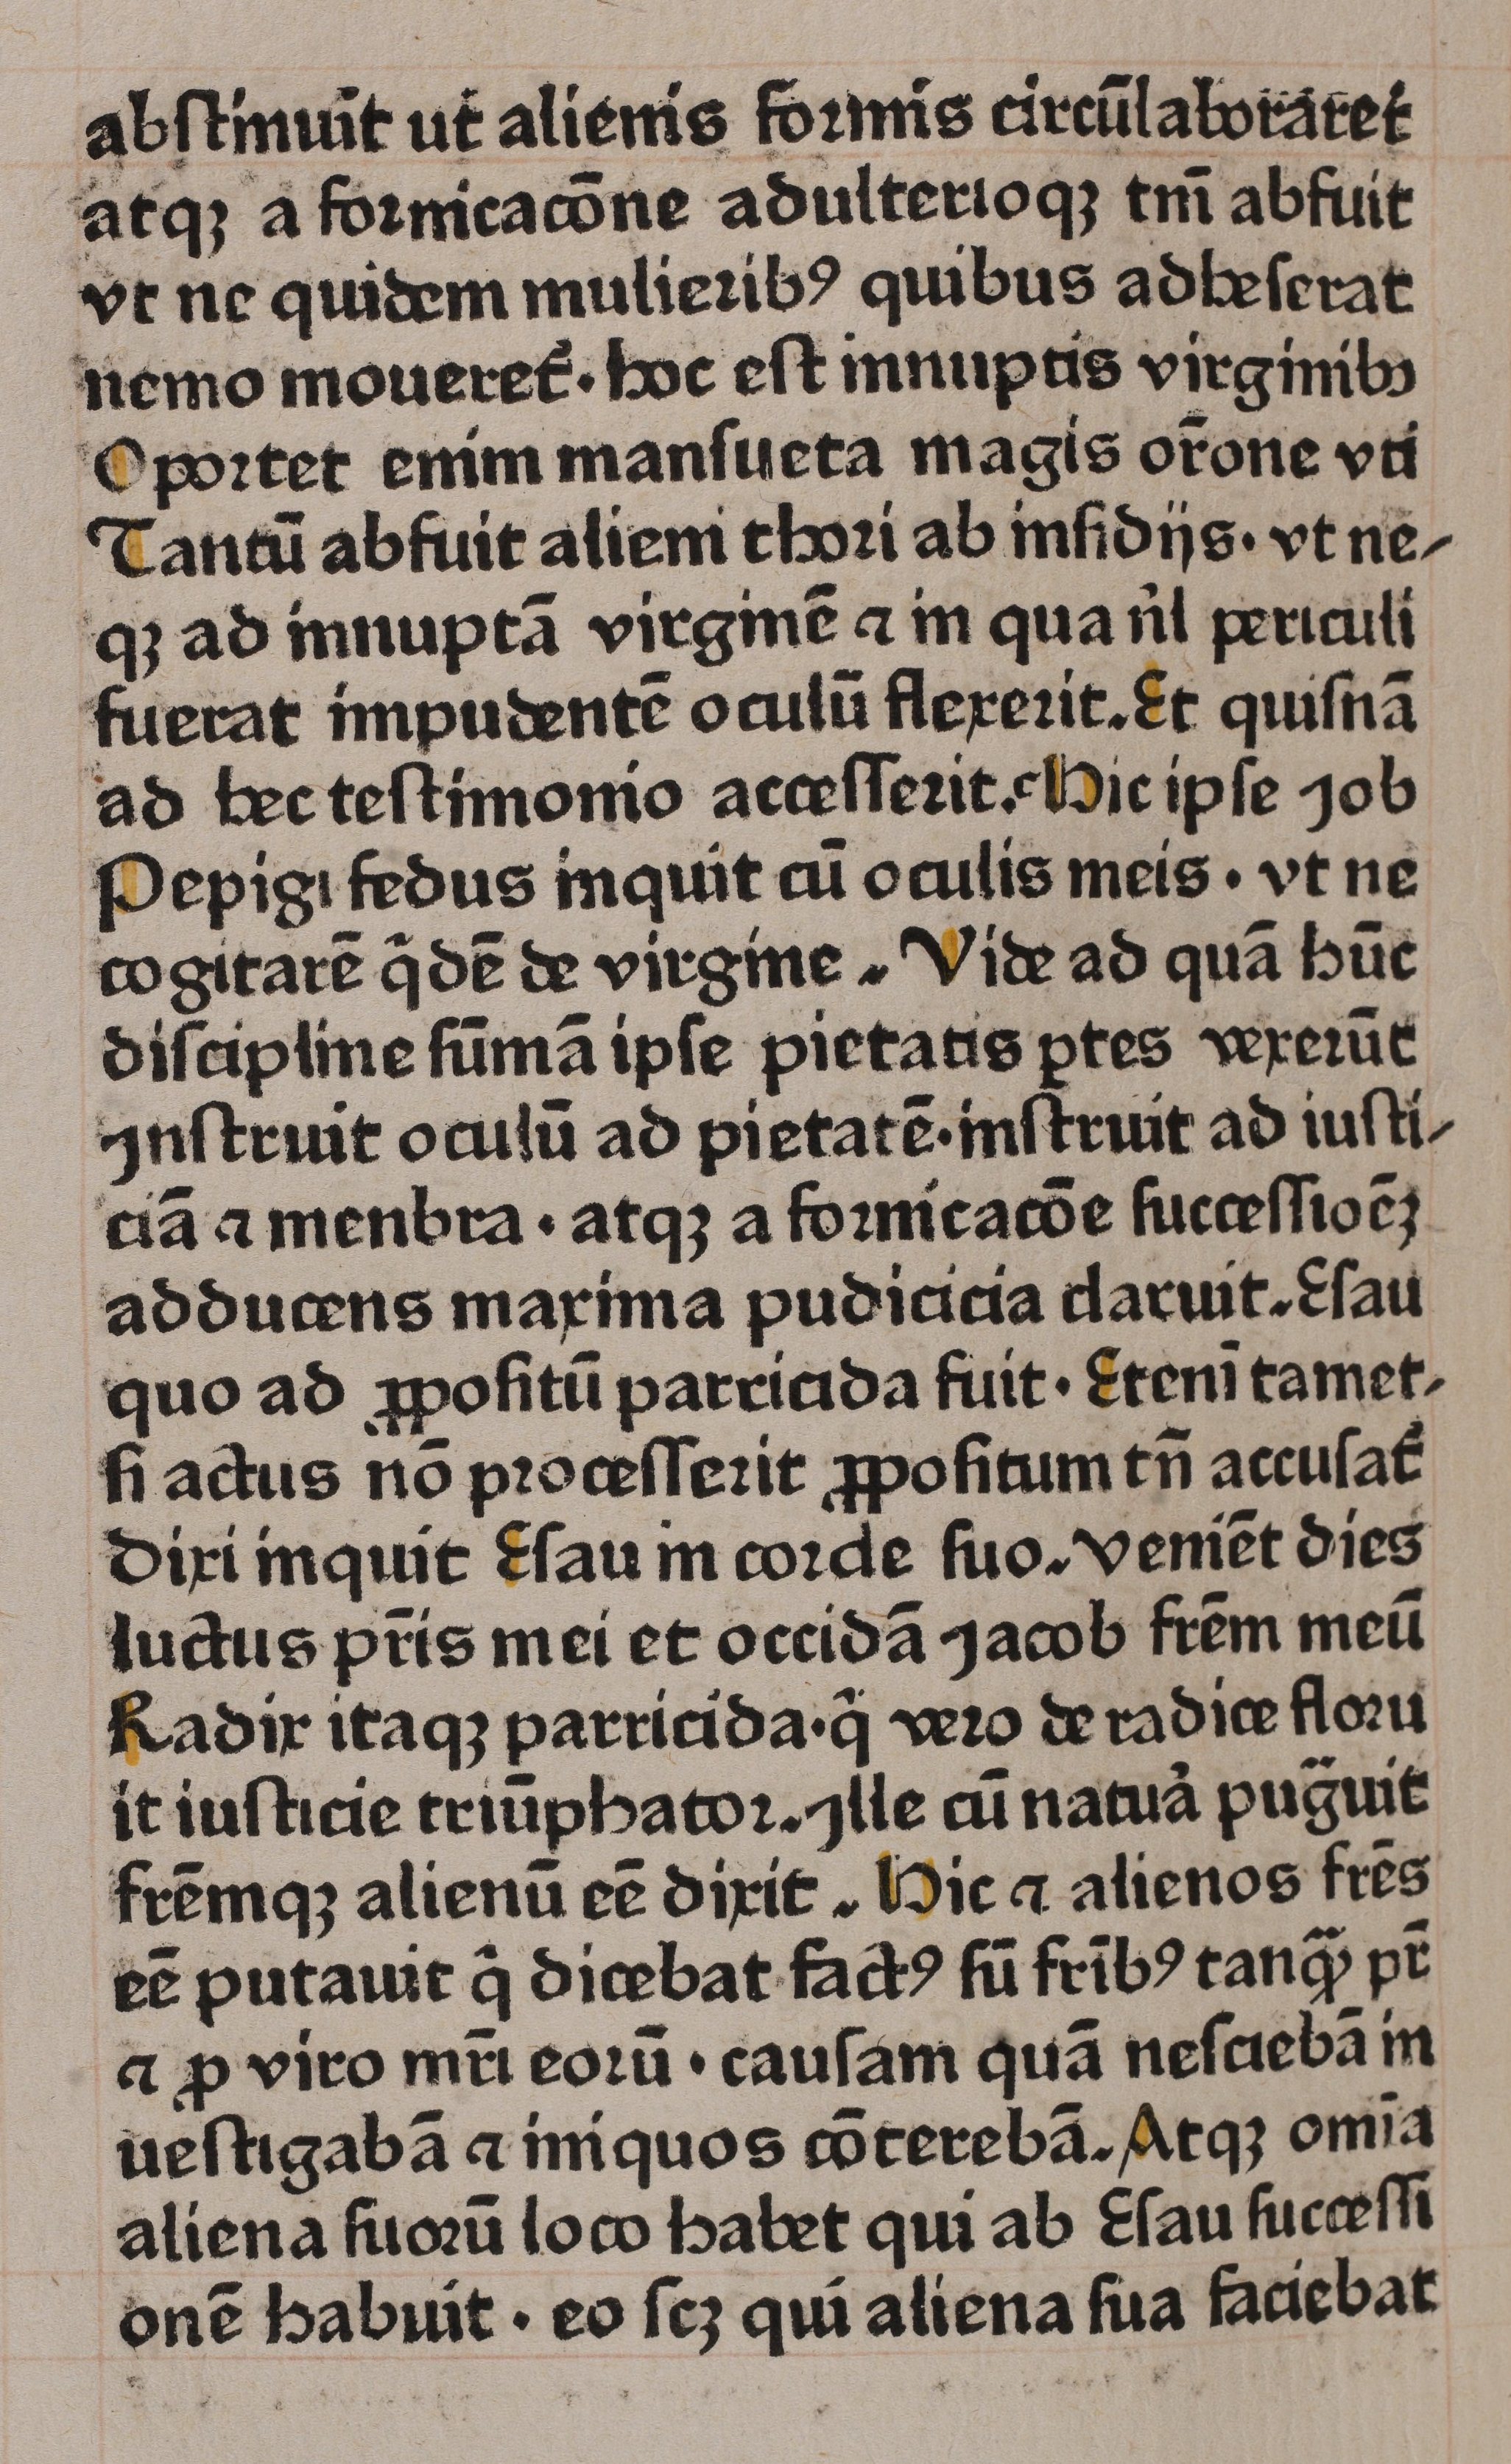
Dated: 1465–1465